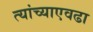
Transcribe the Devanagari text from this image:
त्यांच्याएवढा